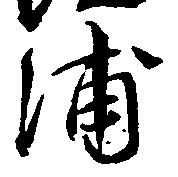
浦